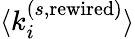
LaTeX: \langle k_{i}^{(s,\mathrm{rewired})}\rangle